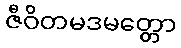
ဇီဝိတမဒမတ္တော